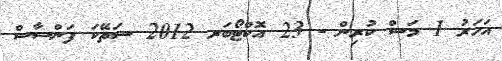
އަހަރު 1 މަސް ކުރިން - 23 އޮކްޓޯބަރ 2012 ސަތޭކަ ފަންސާސް